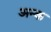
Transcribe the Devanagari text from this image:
अन्क